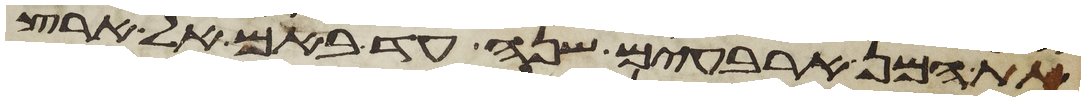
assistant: את המן ארבעים שנה עד באם אל ארץ